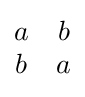
{\begin{matrix}a&b\\b&a\end{matrix}}